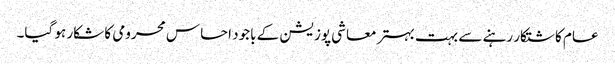
عام کاشتکار رہنے سے بہت بہتر معاشی پوزیشن کے باجود احساس محرومی کا شکار ہو گیا۔